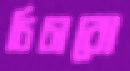
চিচারো